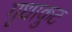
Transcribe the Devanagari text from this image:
गृधाकुट